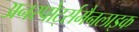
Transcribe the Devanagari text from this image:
अनस्पोर्ट्समैनलाइक